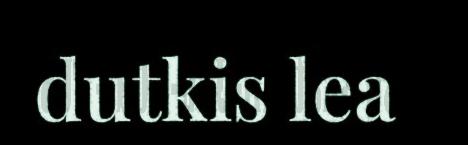
dutkis lea